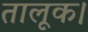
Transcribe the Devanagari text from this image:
तालूक।